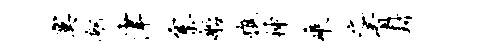
寞舸津寨船憔神乘之看封